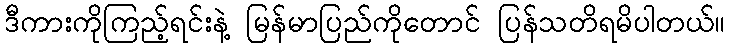
ဒီကားကိုကြည့်ရင်းနဲ့ မြန်မာပြည်ကိုတောင် ပြန်သတိရမိပါတယ်။